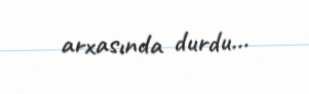
arxasında durdu...